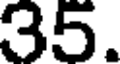
35.